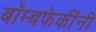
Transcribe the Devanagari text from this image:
बॉम्बफेकींनी